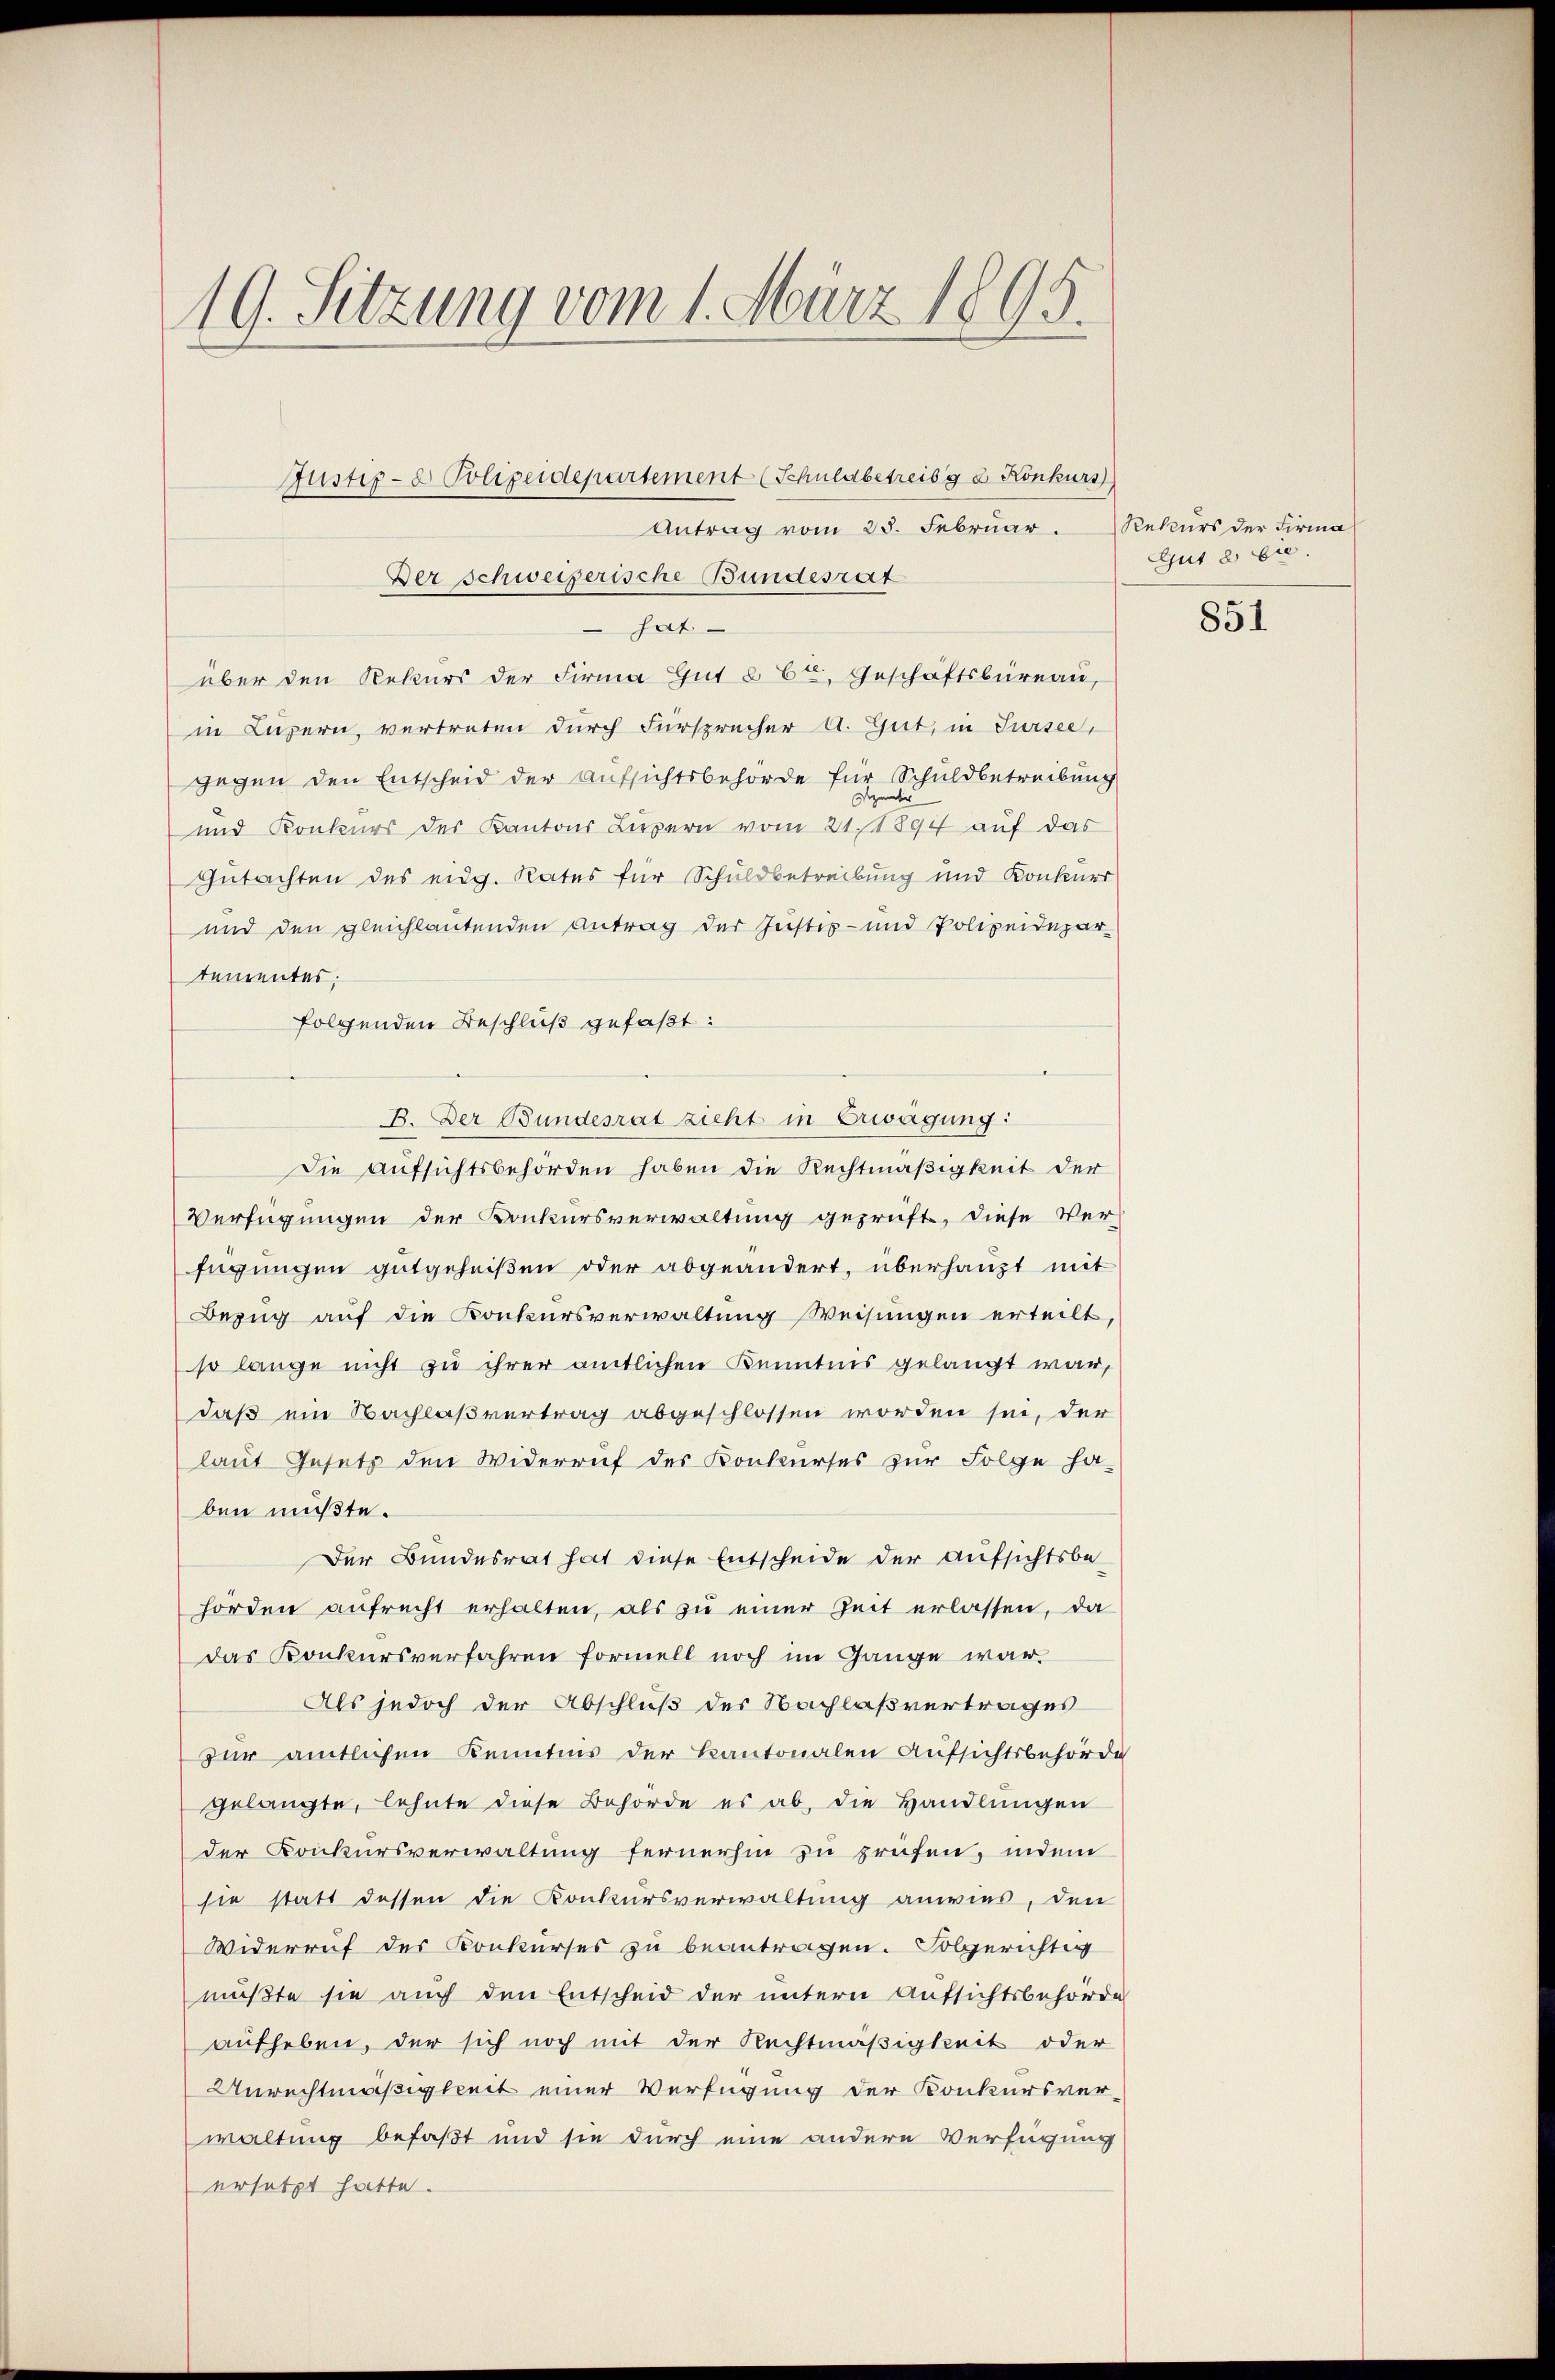
19. Sitzung vom 1. März 1895.
Justiz- & Polizeidepartement (Schuldbetreibg 2. Konkurs
Antrag vom 25. Februar.
Der Schweizerische Bundesrat

hat
über den Rekurs der Firma Gut § 6, Geschäftsbüreau,
in Luzern, vertreten durch Fürsprecher A. Gut, in Sursee,
gegen den Entscheid der Aufsichtsbehörde für Schuldbetreibung
t
und Konkurs des Kantons Luzern vom 21.1894 auf das
Gutachten des eidg. Rates für Schuldbetreibung und Konkurr
und den gleichlautenden Antrag der Justiz- und Polizeidepar
tementes;
folgenden Beschluß gefaßt:
B. Der Bundesrat zieht in Erwägung:
Die Aufsichtsbehörden haben die Rechtmäßigkeit der
Verfügungen der Konkursverwaltung geprüft, diese Verfügungen gutgeheißen oder abgeändert, überhaupt mit
Bezug auf die Konkursverwaltung Weisungen erteilt,
so lange nicht zu ihrer amtlichen Kenntnis gelangt war,
daß ein Nachlaßvertrag abgeschlossen worden sei, der
laut Gesetz den Widerruf des Konkurses zur Folge ha
ben müßte.
Der Bundesrat hat diese Entscheide der Aufsichtsbehorden aufrecht erhalten, als zu einer Zeit erlassen, da
das Konkursverfahren formell noch im Gange war
Als jedoch der Abschluß der Nachlaßvertrages
zur amtlichen Kenntnis der Kantonalen Aufsichtsbehörde
gelangte, lehnte diese Behörde es ab, die Handlungen
der Konkursverwaltung fernerhin zu prüfen, indem
sie statt dessen die Konkursverwaltung anwies, den
Widerruf des Konkurses zu beantragen. Folgerichtig
mußte sie auch den Entscheid der untern Aufsichtsbehörde
aufheben, der sich noch mit der Rechtmäßigkeit oder
Unrechtmäßigkeit einer Verfügung der Konkursver-
waltung befaßt und sie durch eine andere Verfügung
ersetzt hatte.

Rekurs der Firma
Ejut 2 Eie

851